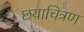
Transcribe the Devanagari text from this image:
छयाचित्रण